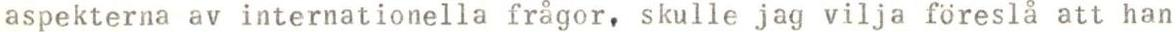
aspekterna av internationella frågor, skulle jag vilja föreslå att han